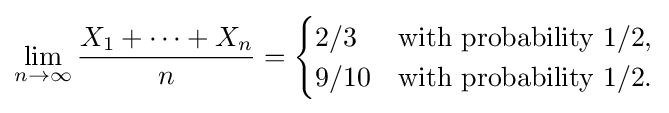
\lim _{n\rightarrow \infty }{\frac {X_{1}+\cdots +X_{n}}{n}}={\begin{cases}2/3&{\text{with probability }}1/2,\\9/10&{\text{with probability }}1/2.\end{cases}}